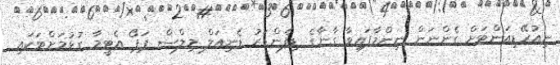
ނިއުރޭޑިއަންޓަށް ގެންނަން ނިންމާފައިވާ ގާނާގެ ޑިފެންޑަރު ޑެނިއަލް މިލްސް ޕަޕޯ އެޓީމާ ގުޅުމަށްޓަކައި